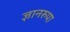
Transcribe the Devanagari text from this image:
ज्ञानरुपा